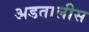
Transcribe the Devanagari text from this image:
अडतालीस